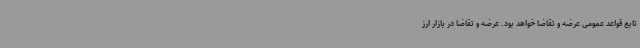
تابع قواعد عمومی عرضه و تقاضا خواهد بود. عرضه و تقاضا در بازار ارز